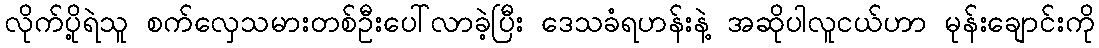
လိုက်ပို့ရဲသူ စက်လှေသမားတစ်ဦးပေါ်လာခဲ့ပြီး ဒေသခံရဟန်းနဲ့ အဆိုပါလူငယ်ဟာ မုန်းချောင်းကို